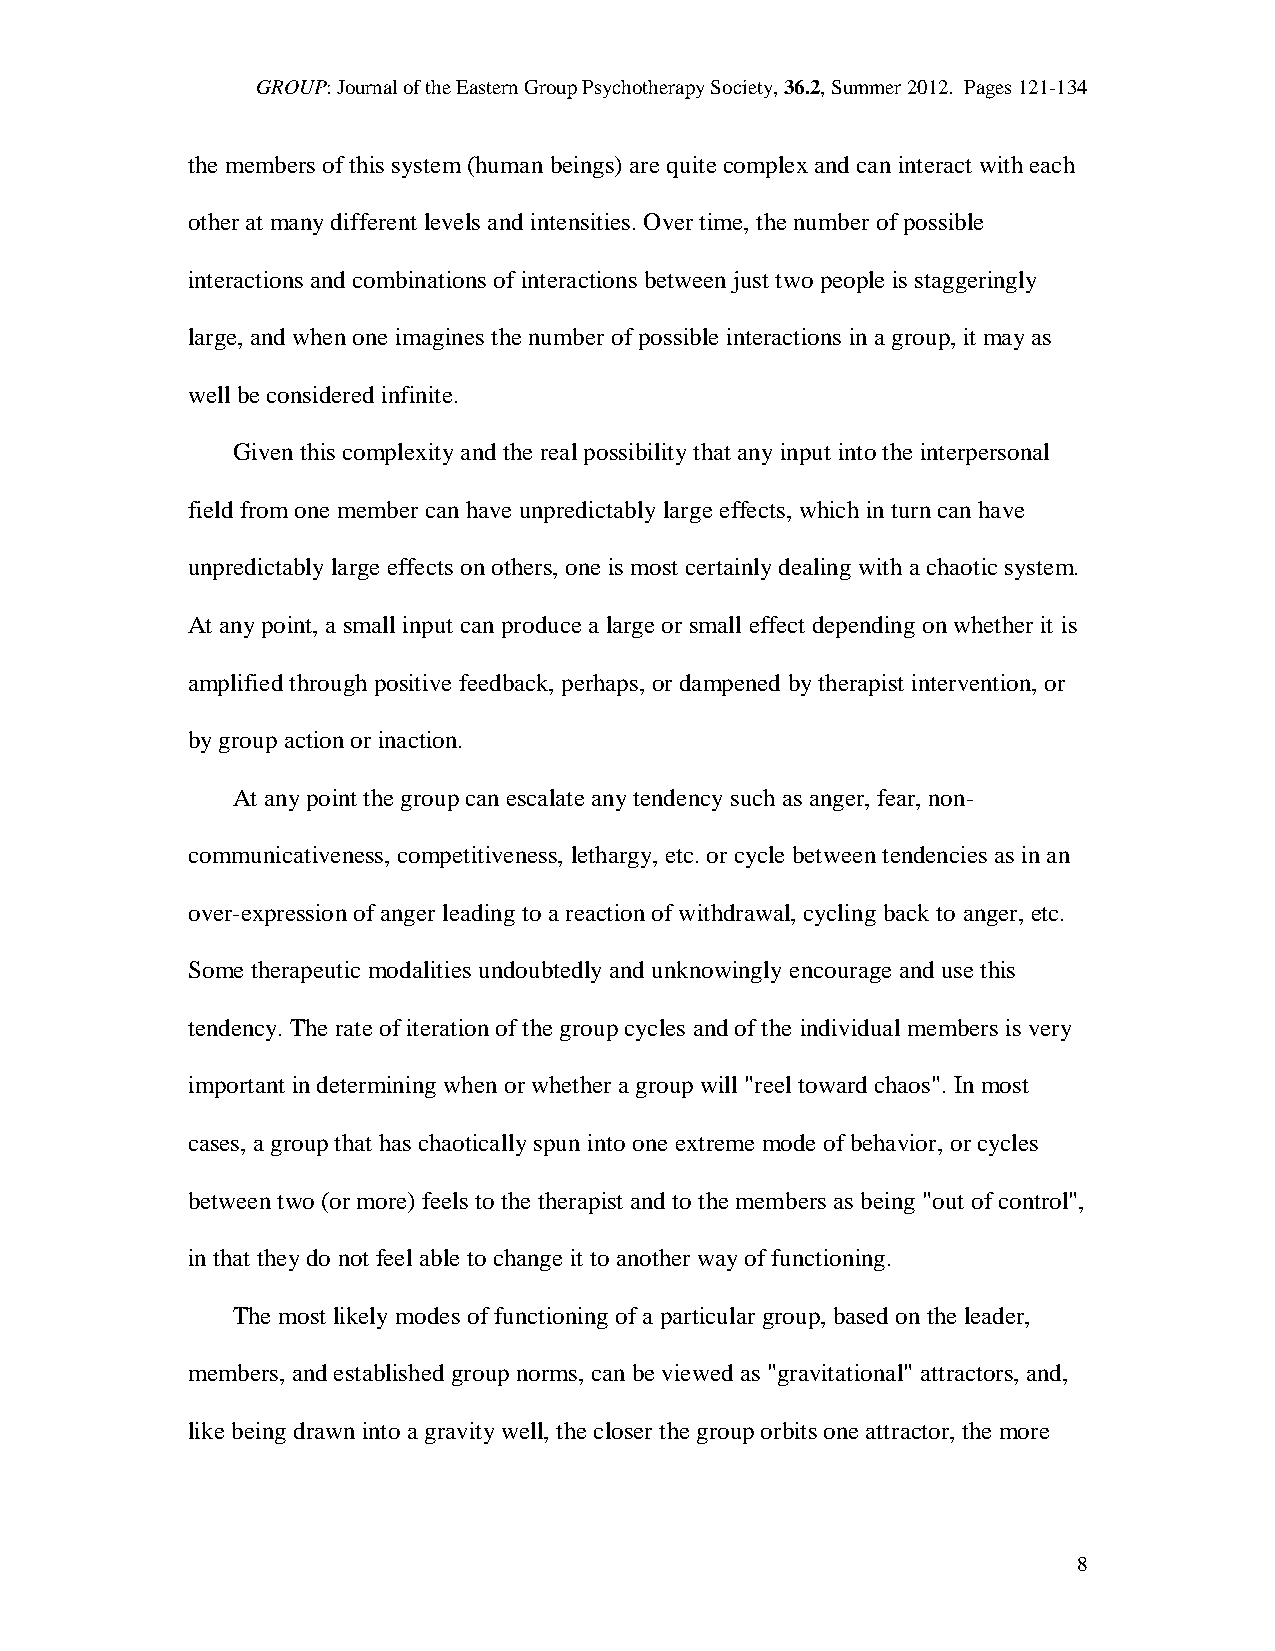
GROUP: Journal of the Eastern Group Psychotherapy Society, 36.2, Summer 2012. Pages 121-134
 the members of this system (human beings) are quite complex and can interact with each
 other at many different levels and intensities. Over time, the number of possible
 interactions and combinations of interactions between just two people is staggeringly
 large, and when one imagines the number of possible interactions in a group, it may as
 well be considered infinite.
 Given this complexity and the real possibility that any input into the interpersonal
 field from one member can have unpredictably large effects, which in turn can have
 unpredictably large effects on others, one is most certainly dealing with a chaotic system.
 At any point, a small input can produce a large or small effect depending on whether it is
 amplified through positive feedback, perhaps, or dampened by therapist intervention, or
 by group action or inaction.
 At any point the group can escalate any tendency such as anger, fear, non-
 communicativeness, competitiveness, lethargy, etc. or cycle between tendencies as in an
 over-expression of anger leading to a reaction of withdrawal, cycling back to anger, etc.
 Some therapeutic modalities undoubtedly and unknowingly encourage and use this
 tendency. The rate of iteration of the group cycles and of the individual members is very
 important in determining when or whether a group will "reel toward chaos". In most
 cases, a group that has chaotically spun into one extreme mode of behavior, or cycles
 between two (or more) feels to the therapist and to the members as being "out of control",
 in that they do not feel able to change it to another way of functioning.
 The most likely modes of functioning of a particular group, based on the leader,
 members, and established group norms, can be viewed as "gravitational" attractors, and,
 like being drawn into a gravity well, the closer the group orbits one attractor, the more
 8